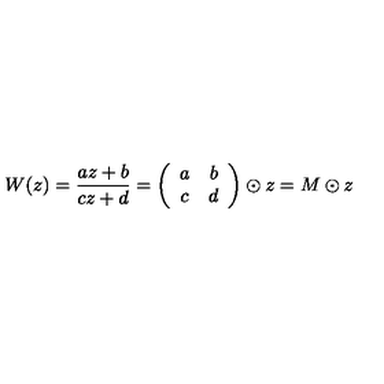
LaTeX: W ( z ) = \frac { a z + b } { c z + d } = \left( \begin{array} { c c } { a } & { b } \\ { c } & { d } \\ \end{array} \right) \odot z = M \odot z